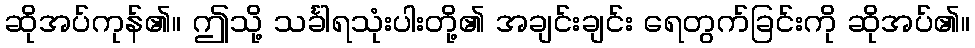
ဆိုအပ်ကုန်၏။ ဤသို့ သင်္ခါရသုံးပါးတို့၏ အချင်းချင်း ရေတွက်ခြင်းကို ဆိုအပ်၏။